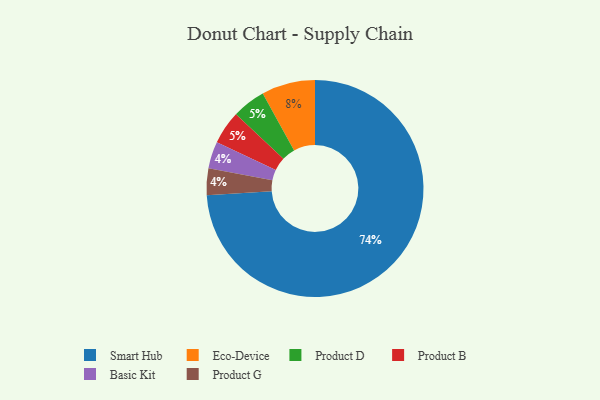
{"axis": {"x": "Category", "y": "Percentage"}, "legend": ["Basic Kit", "Eco-Device", "Product B", "Product D", "Product G", "Smart Hub"], "data": [{"x": "Basic Kit", "y": 4, "type": "Basic Kit"}, {"x": "Product G", "y": 4, "type": "Product G"}, {"x": "Smart Hub", "y": 74, "type": "Smart Hub"}, {"x": "Product D", "y": 5, "type": "Product D"}, {"x": "Product B", "y": 5, "type": "Product B"}, {"x": "Eco-Device", "y": 8, "type": "Eco-Device"}]}